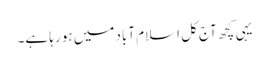
یہی کچھ آج کل اسلام آباد میں ہو رہا ہے۔